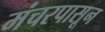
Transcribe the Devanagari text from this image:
मंचरपासून